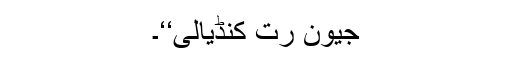
جیون رُت کنڈیالی‘‘۔